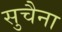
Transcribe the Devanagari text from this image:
सुचैना